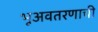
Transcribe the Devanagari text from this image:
भूअवतरणाची